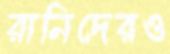
রানিদেরও